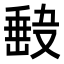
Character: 𭆵